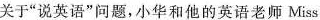
关于”说英语”问题，小华和他的英语老师Miss